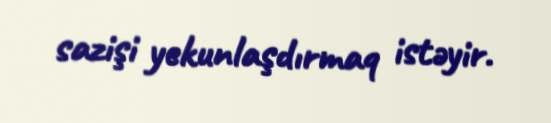
sazişi yekunlaşdırmaq istəyir.